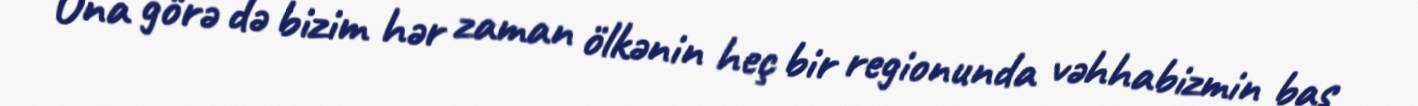
Ona görə də bizim hər zaman ölkənin heç bir regionunda vəhhabizmin baş